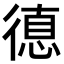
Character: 𢕞